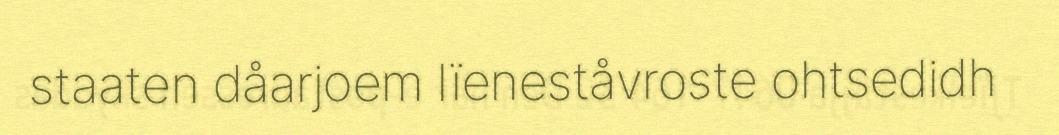
staaten dåarjoem lïeneståvroste ohtsedidh